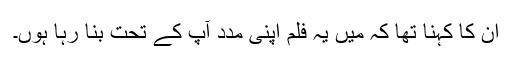
ان کا کہنا تھا کہ میں یہ فلم اپنی مدد آپ کے تحت بنا رہا ہوں۔